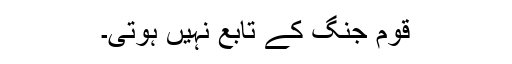
قوم جنگ کے تابع نہیں ہوتی۔